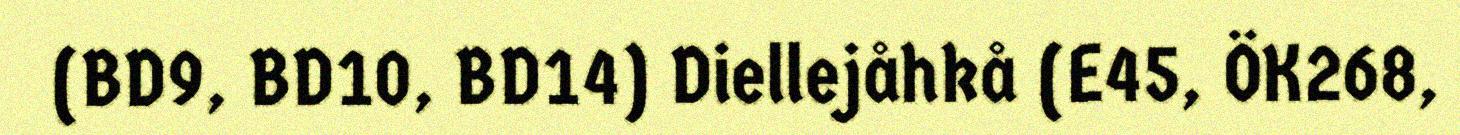
(BD9, BD10, BD14) Diellejåhkå (E45, ÖK268,